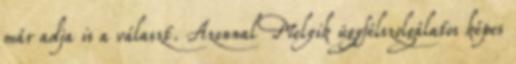
már adja is a választ. Azonnal Melyik ügyfélszolgálatos képes